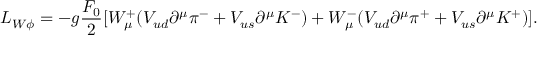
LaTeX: { \cal L } _ { W \phi } = - g \frac { F _ { 0 } } { 2 } [ { \cal W } _ { \mu } ^ { + } ( V _ { u d } \partial ^ { \mu } \pi ^ { - } + V _ { u s } \partial ^ { \mu } K ^ { - } ) + { \cal W } _ { \mu } ^ { - } ( V _ { u d } \partial ^ { \mu } \pi ^ { + } + V _ { u s } \partial ^ { \mu } K ^ { + } ) ] .